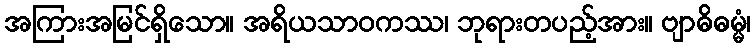
အကြားအမြင်ရှိသော။ အရိယသာဝကဿ၊ ဘုရားတပည့်အား။ ဗျာဓိဓမ္မံ၊